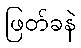
ဖြတ်ခနဲ